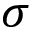
\sigma